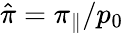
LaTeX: \hat{\pi}=\pi_{\| }/p_{0}